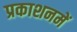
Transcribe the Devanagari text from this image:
प्रकाशनमें